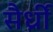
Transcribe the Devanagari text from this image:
सैर्ध्रीं